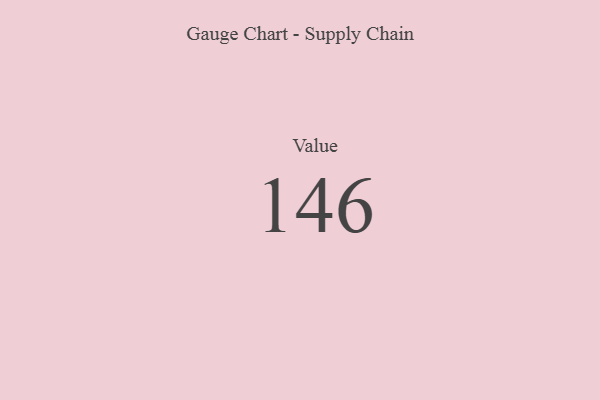
{"axis": {"x": "Metric", "y": "Value"}, "legend": [""], "data": [{"x": "Value", "y": 146, "type": ""}]}